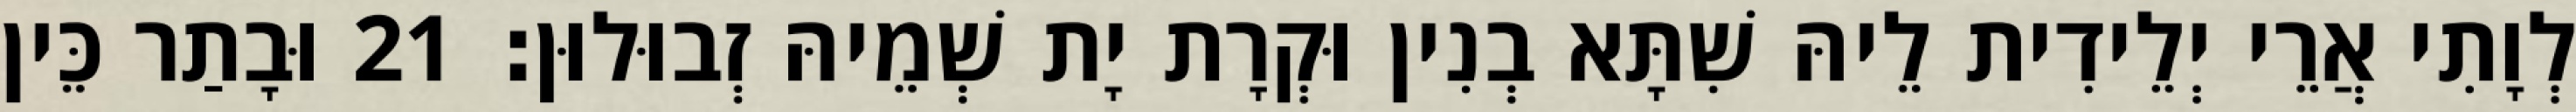
לְוָתִי אֲרֵי יְלֵידִית לֵיהּ שִׁתָּא בְנִין וּקְרָת יָת שְׁמֵיהּ זְבוּלוּן׃ 21 וּבָתַר כֵּין